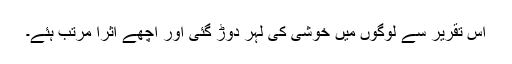
اس تقریر سے لوگوں میں خوشی کی لہر دوڑ گئی اور اچھے اثرا مرتب ہئے۔